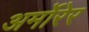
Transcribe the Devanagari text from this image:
अर्मोरेर